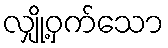
လျှို့ဝှက်သော